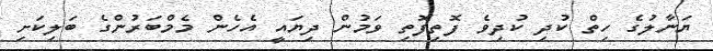
ޔަނާލުގެ ހިތް ކުދި ކުދިވެ ފޮތިފޮތި ވަމުން ދިޔައީ އެހެން މެމްބަރުންގެ ބަލިކަށި